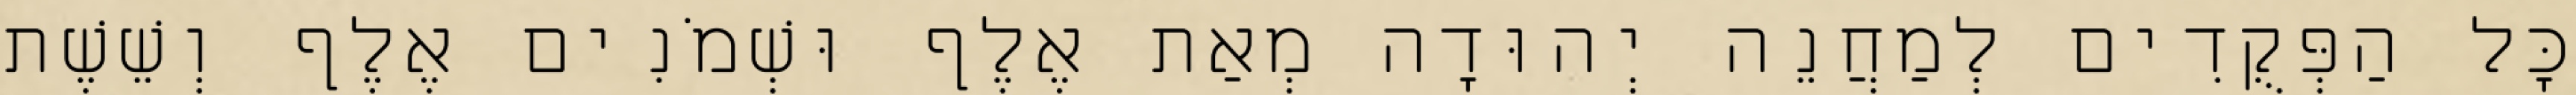
כָּל הַפְּקֻדִים לְמַחֲנֵה יְהוּדָה מְאַת אֶלֶף וּשְׁמֹנִים אֶלֶף וְשֵׁשֶׁת